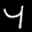
Label: 4